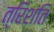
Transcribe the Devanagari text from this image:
त्रिशंति